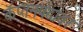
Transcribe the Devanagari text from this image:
कॅप्तनपदावर